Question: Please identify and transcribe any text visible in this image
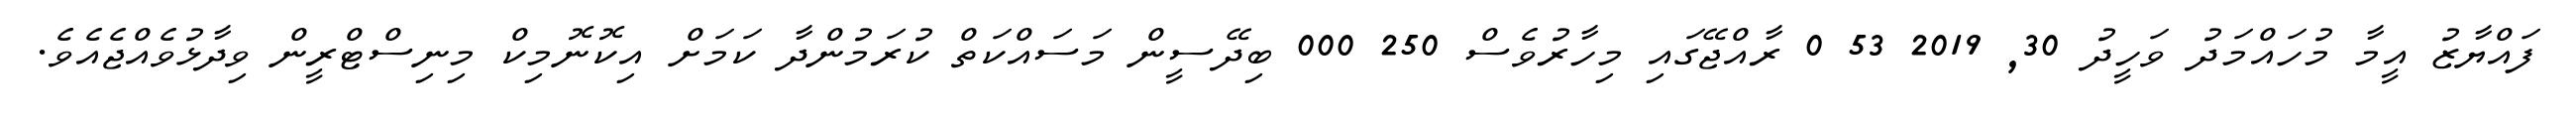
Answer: ފައްޔާޒު އީމާ މުހައްމަދު ވަހީދު 30, 2019 53 0 ރާއްޖޭގައި މިހާރުވެސް 250 000 ބިދޭސީން މަސައްކަތް ކުރަމުންދާ ކަމަށް އިކޮނޮމިކް މިނިސްޓްރީން ވިދާޅުވެއްޖެއެވެ.